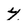
Character: 4